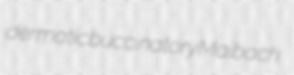
dermatic buccinatory Maibach